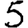
Digit: 5